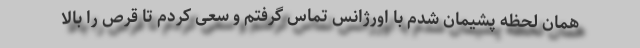
همان لحظه پشیمان شدم با اورژانس تماس گرفتم و سعی کردم تا قرص را بالا